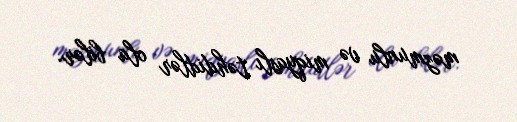
məzmunlu və miqyaslı təhdidlər ola bilər.